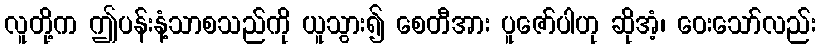
လူတို့က ဤပန်းနံ့သာစသည်ကို ယူသွား၍ စေတီအား ပူဇော်ပါဟု ဆိုအံ့၊ ဝေးသော်လည်း